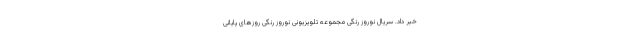
خبر داد. سریال نوروز رنگی مجموعه تلویزیونی نوروز رنگی روز‌های پایانی